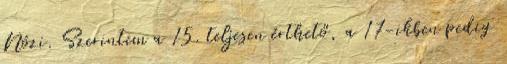
Nózi. Szerintem a 15. teljesen érthető, a 17-ikben pedig